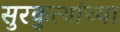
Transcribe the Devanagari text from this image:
सुरकुत्यांच्या